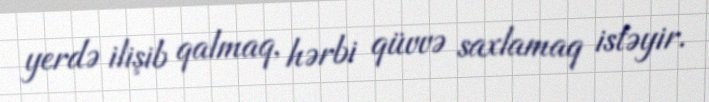
yerdə ilişib qalmaq, hərbi qüvvə saxlamaq istəyir.